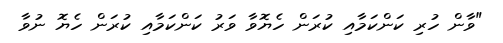
"ވާން ހުރި ކަންކަމާއި ކުރަން ހެޔޮވާ ވަރު ކަންކަމާއި ކުރަން ހެޔޮ ނުވާ